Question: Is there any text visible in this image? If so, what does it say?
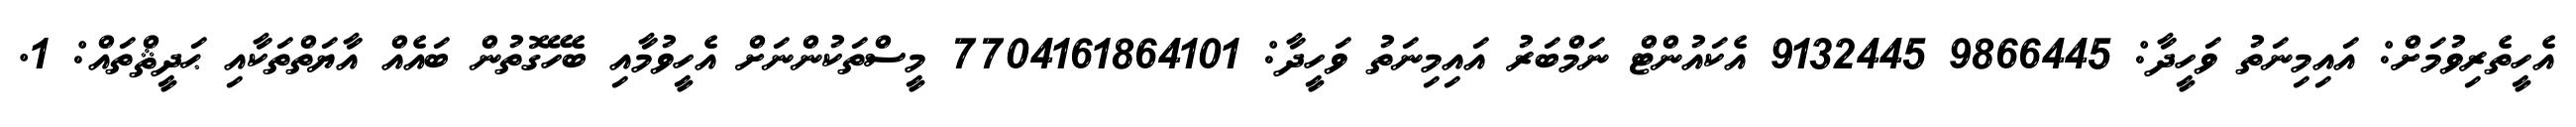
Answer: އެހީތެރިވުމަށް: އައިމިނަތު ވަހީދާ: 9866445 9132445 އެކައުންޓް ނަމްބަރު އައިމިނަތު ވަހީދާ: 7704161864101 މީސްތަކުންނަށް އެހީވުމާއި ބެހޭގޮތުން ބައެއް އާޔަތްތަކާއި ޙަދީޘްތައް: 1.